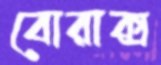
বোরাক্স